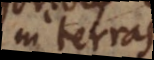
in terras